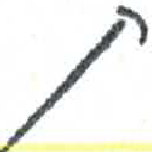
אות: ת